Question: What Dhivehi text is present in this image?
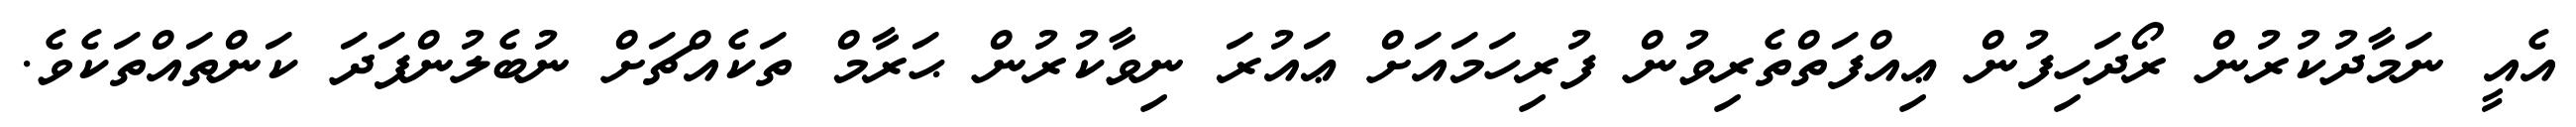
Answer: އެއީ ނަމާދުކުރުން ރޯދަހިފުން ޢިއްފަތްތެރިވުން ފުރިހަމައަށް ޢައުރަ ނިވާކުރުން ޙަރާމް ތަކެއްޗަށް ނުބެލުންފަދަ ކަންތައްތަކެވެ.